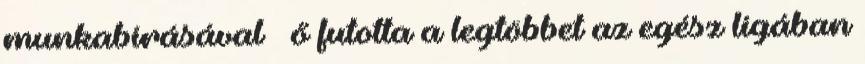
munkabírásával – ő futotta a legtöbbet az egész ligában